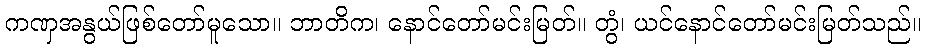
ကဏှအနွယ်ဖြစ်တော်မူသော။ ဘာတိက၊ နောင်တော်မင်းမြတ်။ တွံ၊ ယင်နောင်တော်မင်းမြတ်သည်။